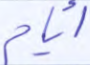
أيام